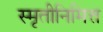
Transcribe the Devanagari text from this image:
स्मृतीनिमित्त